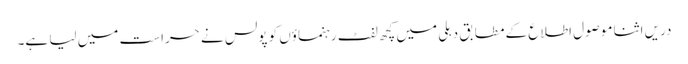
دریں اثنا موصول اطلاع کے مطابق دہلی میں کچھ لفٹ رہنماؤں کو پولس نے حراست میں لیا ہے۔